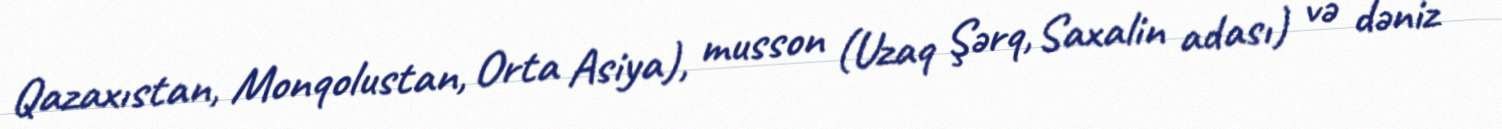
Qazaxıstan, Monqolustan, Orta Asiya), musson (Uzaq Şərq, Saxalin adası) və dəniz